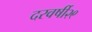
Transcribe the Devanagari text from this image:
दरवर्षी२९